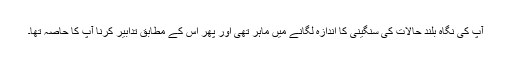
آپ کی نگاہ بلند حالات کی سنگینی کا اندازہ لگانے میں ماہر تھی اور پھر اس کے مطابق تدابیر کرنا آپ کا حاصہ تھا۔